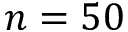
n = 5 0